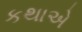
કથાએ